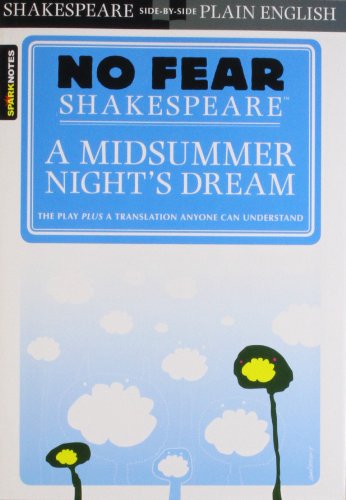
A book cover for A Midsummer Night's Dream (No Fear Shakespeare); SparkNotes; Test Preparation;